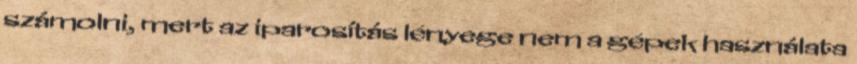
számolni, mert az iparosítás lényege nem a gépek használata